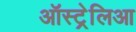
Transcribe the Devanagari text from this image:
ऑस्ट्रेलिआ